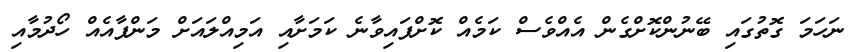
ނަހަމަ ގޮތުގައި ބޭނުންކޮށްގެން އެއްވެސް ކަމެއް ކޮށްފައިވާނެ ކަމަށާއި އަމިއްލައަށް މަންފާއެއް ހޯދުމާއި